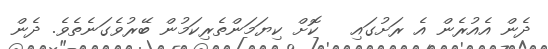
ދެން އެއުރެން އެ ރަށުގައި   ކޮށް ކިޔަމަންތެރިކަމުން ބޭރުވެގަނެތެވެ. ދެން